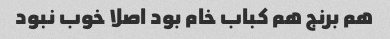
هم برنج هم کباب خام بود اصلا خوب نبود